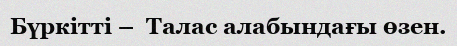
Бүркітті –  Талас алабындағы өзен.